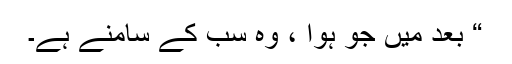
“ بعد میں جو ہوا ، وہ سب کے سامنے ہے۔